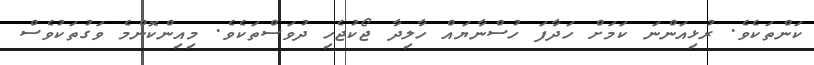
ކަންތަކެވެ. ރުޅިއަންނަ ކަމަށް ހަދާފަ ހުސްނާޔައް ހާލިދާ ޖޯކުޖެހި ދުވަސްތަކެވެ. މިއިންކޮންމެ ވަގުތަކުވެސް